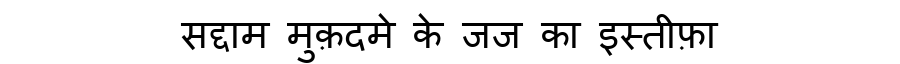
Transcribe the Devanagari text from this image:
सद्दाम मुक़दमे के जज का इस्तीफ़ा